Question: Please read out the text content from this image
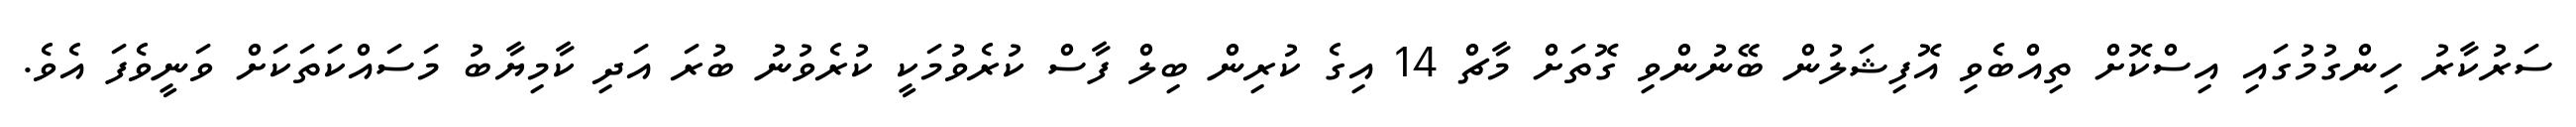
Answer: ސަރުކާރު ހިންގުމުގައި އިސްކޮށް ތިއްބެވި އޮފިޝަލުން ބޭނުންވި ގޮތަށް މާޗް 14 އިގެ ކުރިން ބިލް ފާސް ކުރެވުމަކީ ކުރެވުނު ބުރަ އަދި ކާމިޔާބު މަސައްކަތަކަށް ވަނީވެފަ އެވެ.